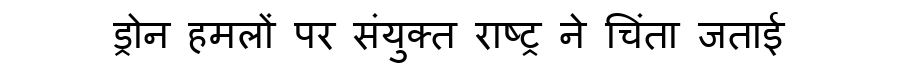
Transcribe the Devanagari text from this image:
ड्रोन हमलों पर संयुक्त राष्ट्र ने चिंता जताई